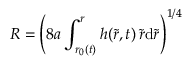
R = \left( 8 a \int _ { r _ { 0 } ( t ) } ^ { r } h ( \tilde { r } , t ) \, \tilde { r } \mathrm { d } \tilde { r } \right) ^ { 1 / 4 }